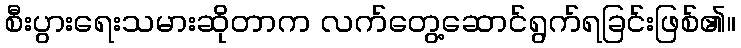
စီးပွားရေးသမားဆိုတာက လက်တွေ့ဆောင်ရွက်ရခြင်းဖြစ်၏။